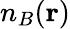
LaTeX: n_{B}({\mathbf r})